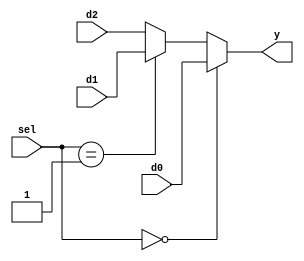
`timescale 1ns/1ps
module mux3x1 (
    input d0, 
    input d1,
    input d2, 
    input [1:0] sel, 
    output y 
);
    assign y = (sel == 2'b00) ? d0 : (sel == 2'b01) ? d1 : d2;
endmodule